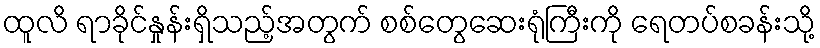
ထူလိ ရာခိုင်နှုန်းရှိသည့်အတွက် စစ်တွေဆေးရုံကြီးကို ရေတပ်စခန်းသို့